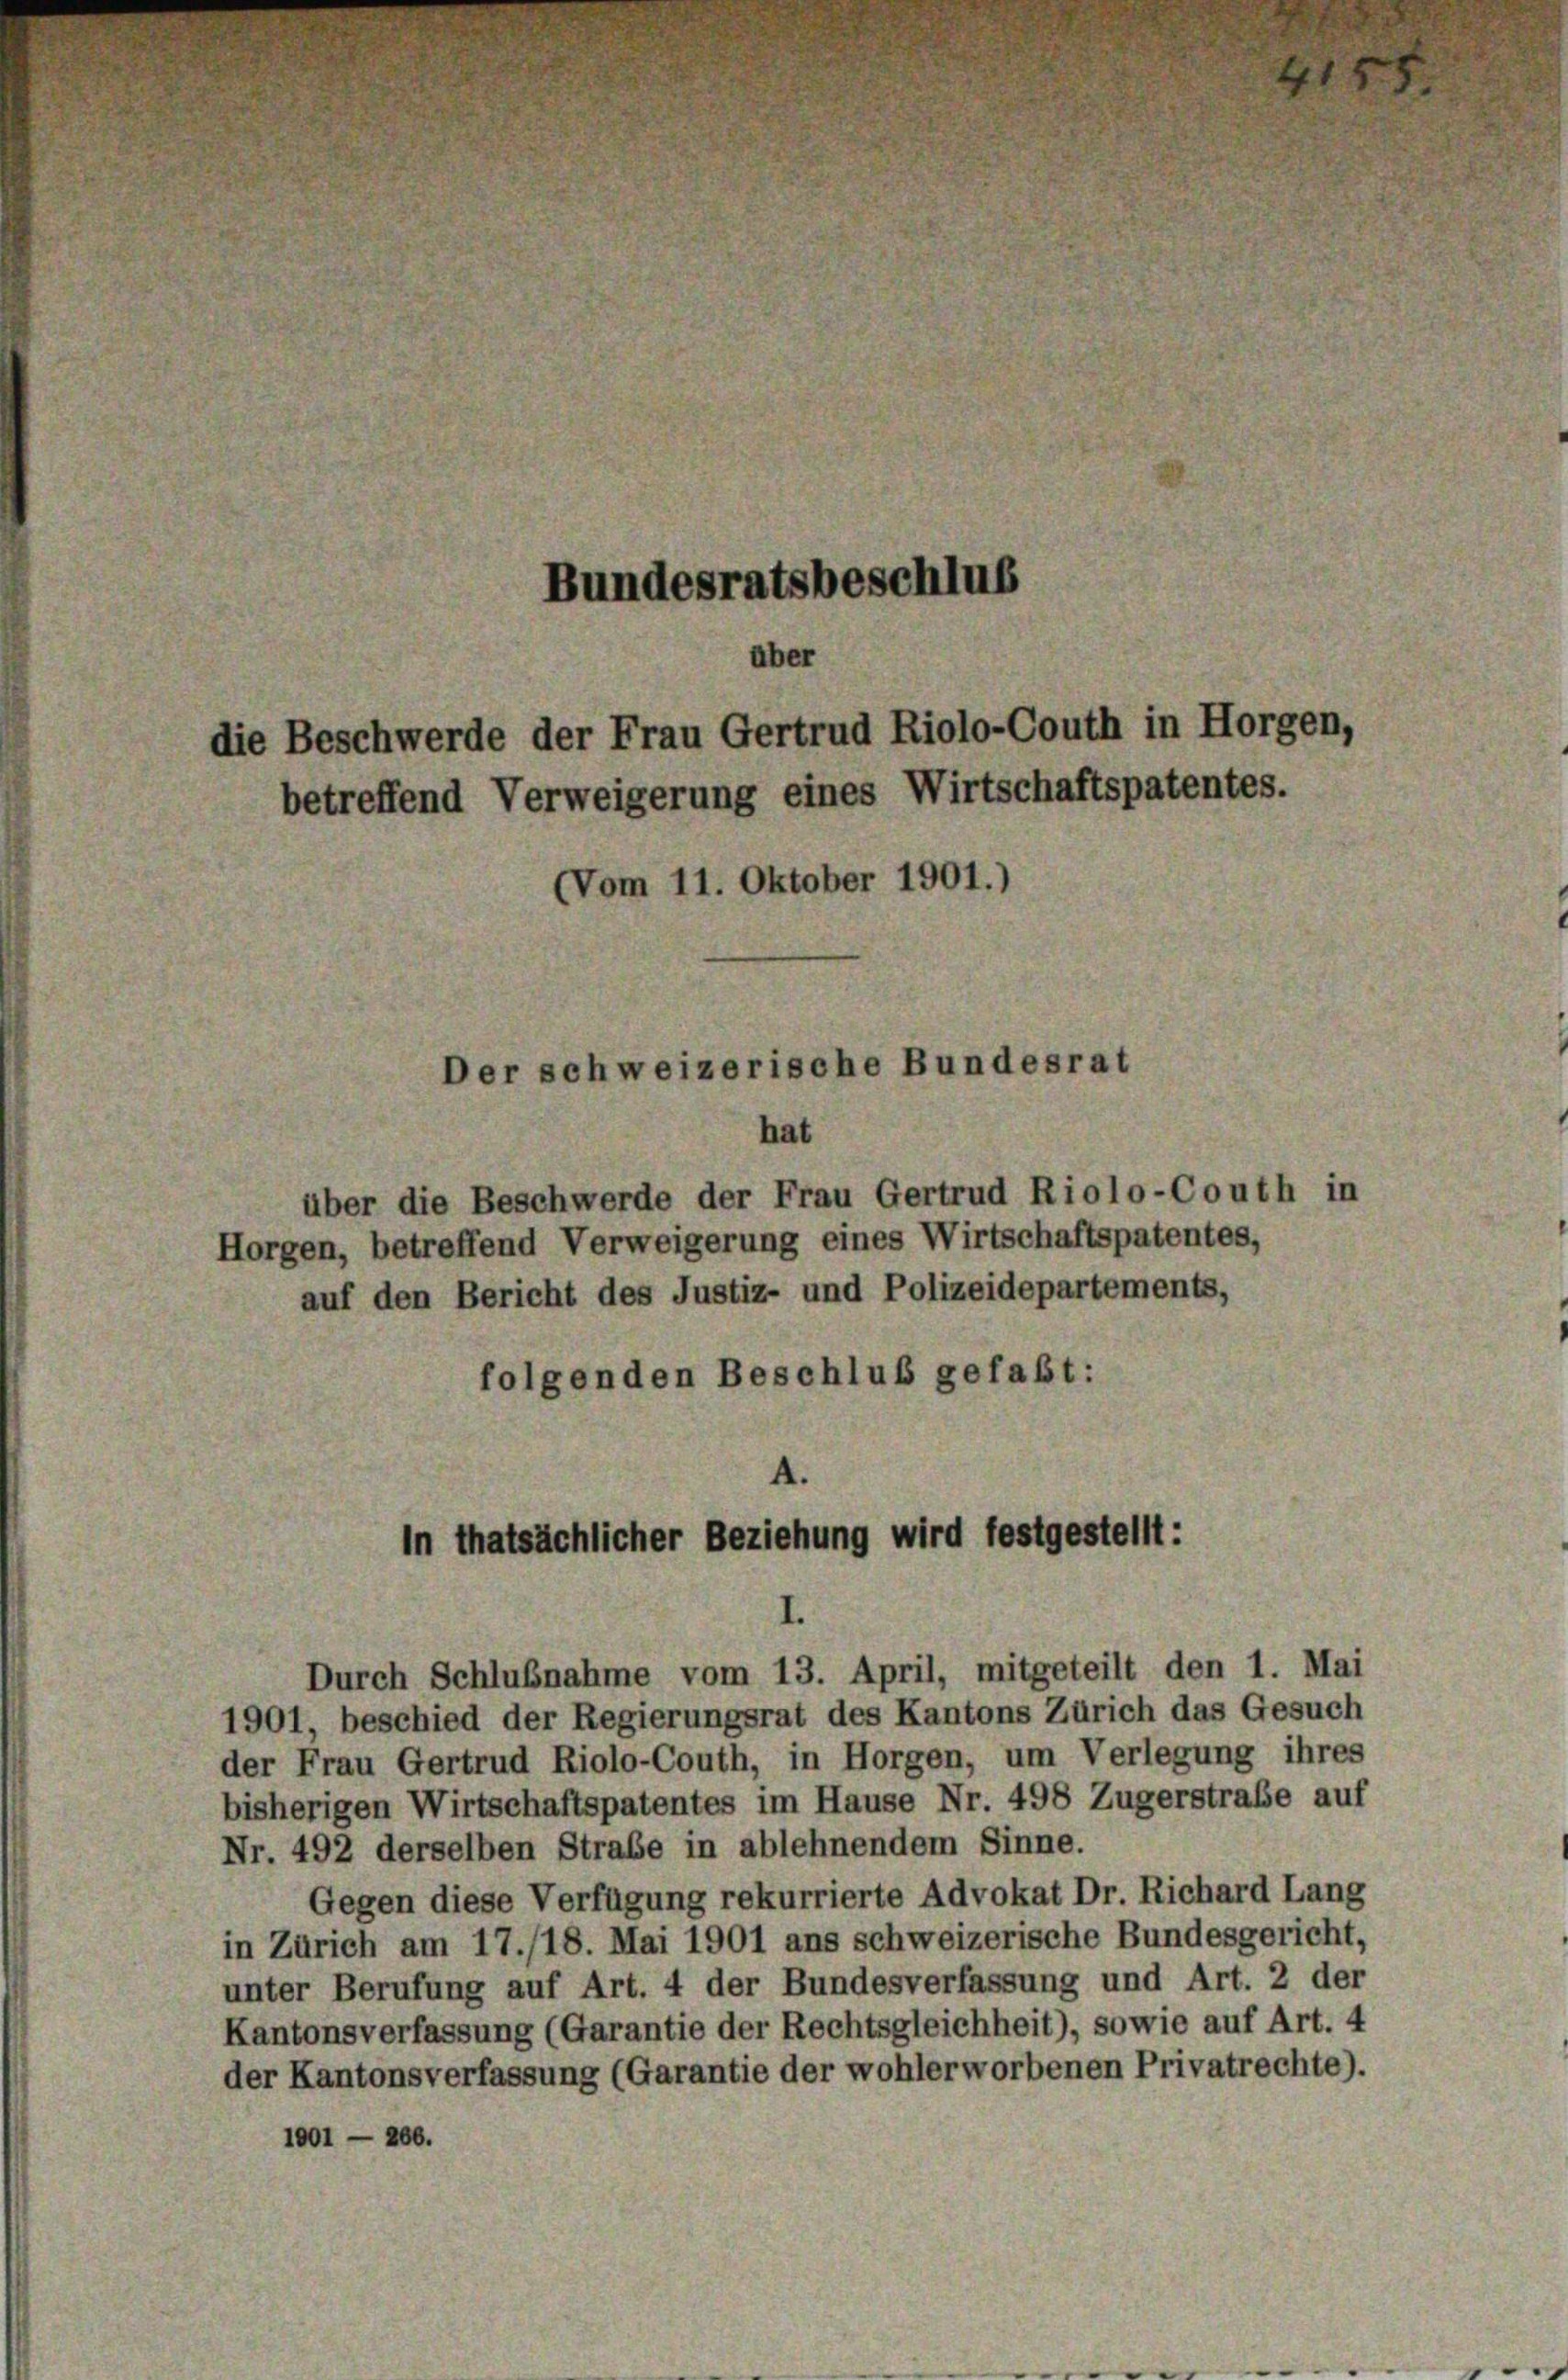
Bundesratsbeschlus

aber
die Beschwerde der Frau Gertrud Riolo-Couth in Horgen,

betreffend Verweigerung eines Wirtschaftspatentes.
(Vom 11. Oktober 1901.)
Der schweizerische Bundesrat

hat

über die Beschwerde der Frau Gertrud Riolo-Couth in
Horgen, betreffend Verweigerung eines Wirtschaftspatentes,
auf den Bericht des Justiz- und Polizeidepartements,
folgenden Beschluß gefaßt:

.
in thatsächlicher Beziehung wird festgestellt:
I.
Durch Schlußnahme vom 13. April, mitgeteilt den 1. Mai

1901, beschied der Regierungsrat des Kantons Zürich das Gesuch
der Frau Gertrud Riolo-Couth, in Horgen, um Verlegung ihres
bisherigen Wirtschaftspatentes im Hause Nr. 498 Zugerstraße auf
Nr. 492 derselben Straße in ablehnendem Sinne.
Gegen diese Verfügung rekurrierte Advokat Dr. Richard Lang
in Zürich am 17./18. Mai 1901 ans schweizerische Bundesgericht,
unter Berufung auf Art. 4 der Bundesverfassung und Art. 2 der
Kantonsverfassung (Garantie der Rechtsgleichheit), sowie auf Art. 4
der Kantonsverfassung (Garantie der wohlerworbenen Privatrechte).
1001 — 206.